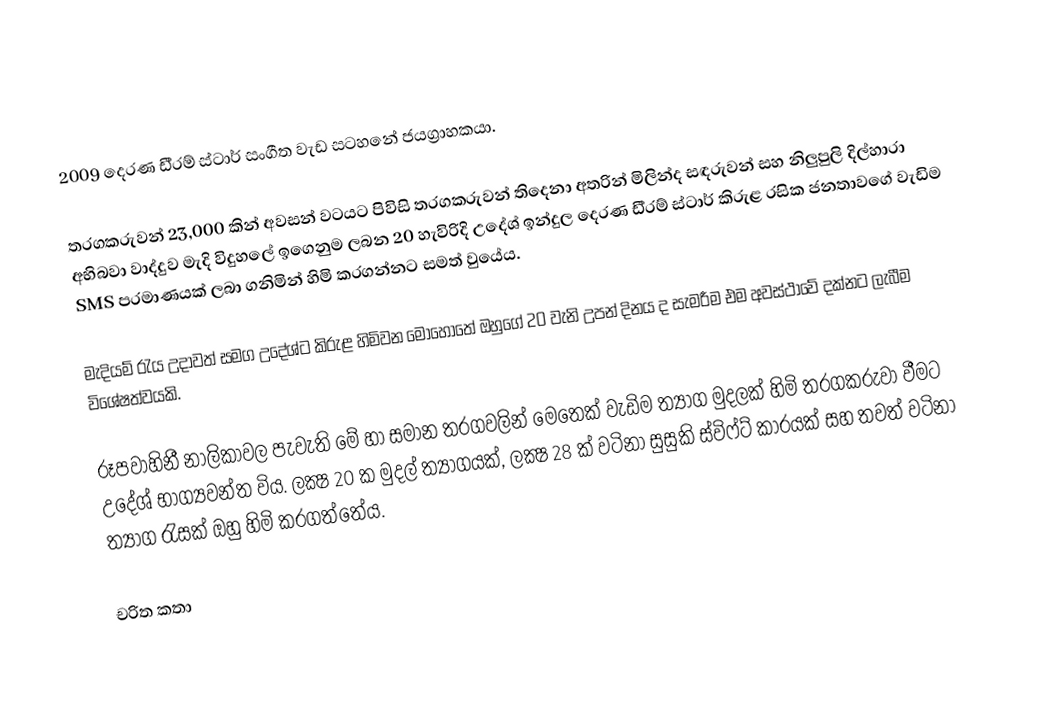
2009 දෙරණ ඩී‍්‍රම් ස්ටාර් සංගීත වැඩ සටහනේ ජයග්‍රාහකයා.

තරගකරුවන් 23,000 කින් අවසන් වටයට පිවිසි තරගකරුවන් තිදෙනා අතරින් මිලින්ද සඳරුවන් සහ නිලුපුලි දිල්හාරා අභිබවා වාද්දුව මැදි විදුහලේ ඉගෙනුම ලබන 20 හැවිරිදි උදේශ් ඉන්දුල දෙරණ ඩී‍්‍රම් ස්ටාර් කිරුළ රසික ජනතාවගේ වැඩිම SMS ප‍්‍රමාණයක් ලබා ගනිමින් හිමි කරගන්නට සමත් වුයේය.

මැදියම් රැය උදාවත් සමග උදේශ්ට කිරුළ හිමිවන මොහොතේ ඔහුගේ 20 වැනි උපන් දිනය ද සැමරීම එම අවස්ථාවේ දක්නට ලැබීම විශේෂත්වයකි.

රූපවාහිනී නාලිකාවල පැවැති මේ හා සමාන තරගවලින් මෙතෙක් වැඩිම ත්‍යාග මුදලක් හිමි තරගකරුවා වීමට උදේශ් භාග්‍යවන්ත විය. ලක්‍ෂ 20 ක මුදල් ත්‍යාගයක්, ලක්‍ෂ 28 ක් වටිනා සුසුකි ස්විෆ්ට් කාරයක් සහ තවත් වටිනා ත්‍යාග රැසක් ඔහු හිමි කරගත්තේය.

චරිත කතා